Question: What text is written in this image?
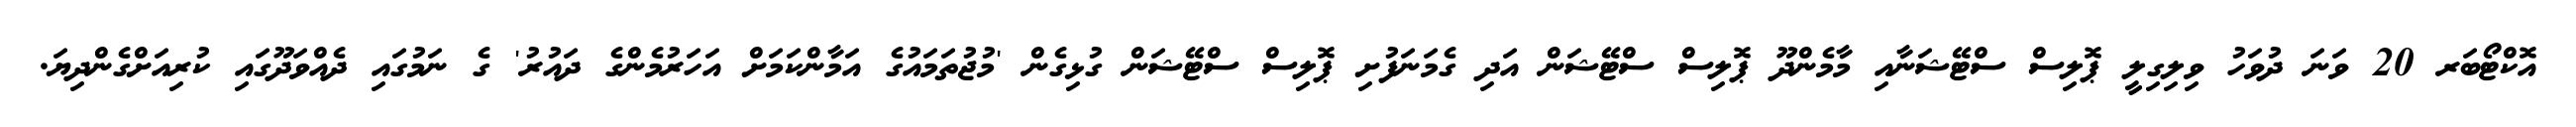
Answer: އޮކްޓޯބަރ 20 ވަނަ ދުވަހު ވިލިގިލީ ޕޮލިސް ސްޓޭޝަނާއި މާމެންދޫ ޕޮލިސް ސްޓޭޝަން އަދި ގެމަނަފުށި ޕޮލިސް ސްޓޭޝަން ގުޅިގެން 'މުޖުތަމައުގެ އަމާންކަމަށް އަހަރުމެންގެ ދައުރު' ގެ ނަމުގައި ދެއްވަދޫގައި ކުރިއަށްގެންދިޔަ.